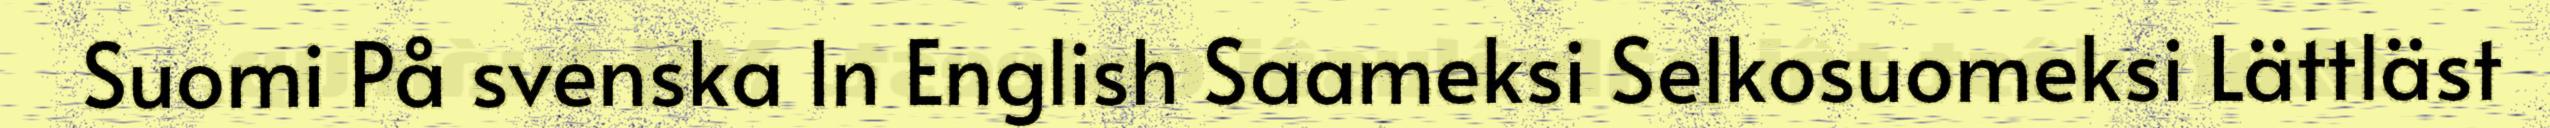
Suomi På svenska In English Saameksi Selkosuomeksi Lättläst